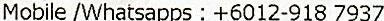
MOBILE /WHATSAPPS : +6012-918 7937